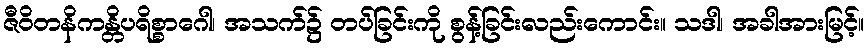
ဇီဝိတနိကန္တိပရိစ္စာဂေါ၊ အသက်၌ တပ်ခြင်းကို စွန့်ခြင်းလည်းကောင်း။ သဒါ၊ အခါအားမြင့်။